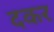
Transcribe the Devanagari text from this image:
दकर